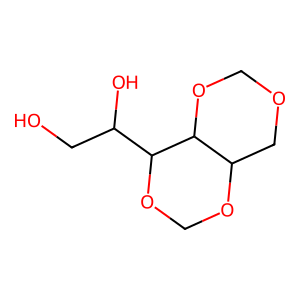
SMILES: OCC(O)C1OCOC2COCOC21
Inhibits HIV replication: No